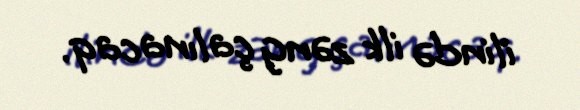
ilində ilk zəng çalınacaq.